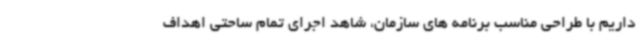
داریم با طراحی مناسب برنامه های سازمان، شاهد اجرای تمام ساحتی اهداف